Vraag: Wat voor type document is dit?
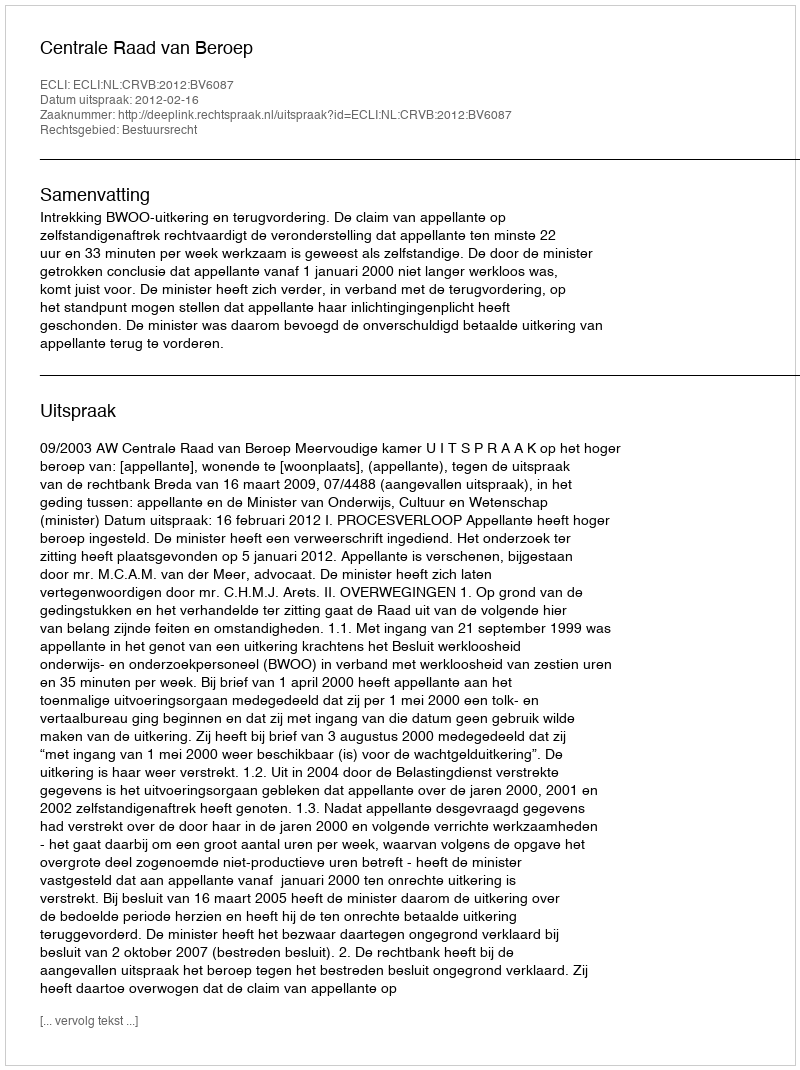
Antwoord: Uitspraak